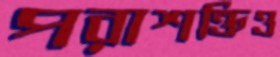
পরাশক্তিও